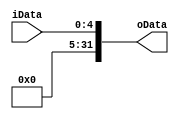
`timescale 1ns / 1ps
//////////////////////////////////////////////////////////////////////////////////
// Company: 
// Engineer: 
// 
// Design Name: 
// Module Name: Ext5
// Project Name: 
// Target Devices: 
// Tool Versions: 
// Description: 
// 
// Dependencies: 
// 
// Revision:
// Revision 0.01 - File Created
// Additional Comments:
// 
//////////////////////////////////////////////////////////////////////////////////


module Ext5(
    input [4:0] iData,
    output [31:0] oData
    );
    assign oData = {27'b0, iData};
endmodule